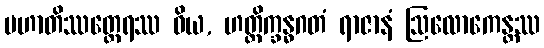
မဟာတိဿတ္ထေရဿ ဝိယ, ဟတ္ထိက္ခန္ဓဂတံ ရာဇာနံ ဩလောကေန္တဿ